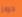
جوبز